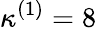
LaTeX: \kappa^{(1)}=8